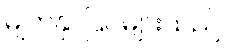
မျက်နှာပြင်များသည်